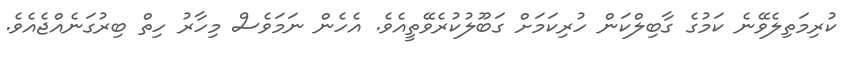
ކުރިމަތިލެވޭނެ ކަމުގެ ގާބިލްކަން ހުރިކަމަށް ގަބޫލުކުރެވޭތީއެވެ. އެހެން ނަމަވެސް މިހާރު ހިތް ބިރުގަނެއްޖެއެވެ.